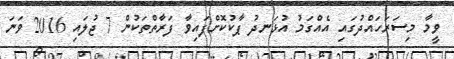
ވީމާ މިސަރަހައްދުގައި އެއްގަމު އުޅަނދު ޕާކުކޮށްފައިވާ ފަރާތްތަކުން 7 ޖުލައި 2016 ވަނަ